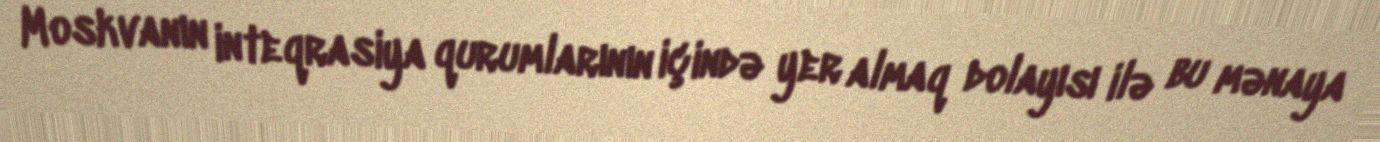
Moskvanın inteqrasiya qurumlarının içində yer almaq dolayısı ilə bu mənaya